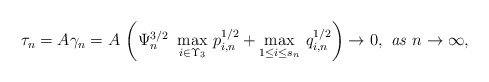
\begin{align*}\tau _{n}=A\gamma _{n}=A\,\left( \Psi _{n}^{3/2}\,\,\max_{i\in \Upsilon_{3}}\,p_{i,n}^{1/2}+\max_{1\leq i\leq s_{n}}\,q_{i,n}^{1/2}\right)\rightarrow 0{\it ,\ as\ }n\rightarrow \infty , \end{align*}